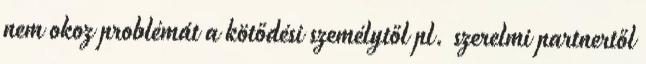
nem okoz problémát a kötődési személytől pl. szerelmi partnertől